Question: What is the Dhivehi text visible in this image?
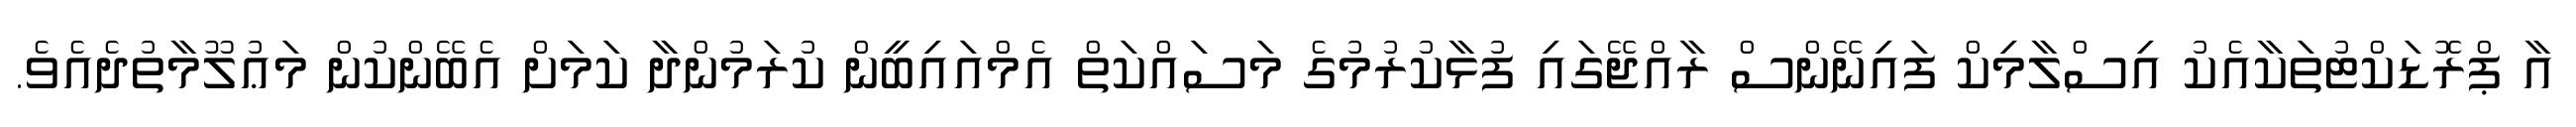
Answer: އާ ޕްރޮޑަކްޓުތަކާއެކު އިސްލާމިކް ފައިނޭންސް ރާއްޖޭގައި ފުޅާކުރުމުގެ މަސައްކަތް އެމްއައިބީން ކުރަމުންދާ ކަމަށް އެބޭންކުން މަޢުލޫމާތުދެއެވެ.